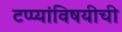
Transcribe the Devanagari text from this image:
टप्प्यांविषयीची